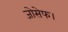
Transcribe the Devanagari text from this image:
जोसेफ।